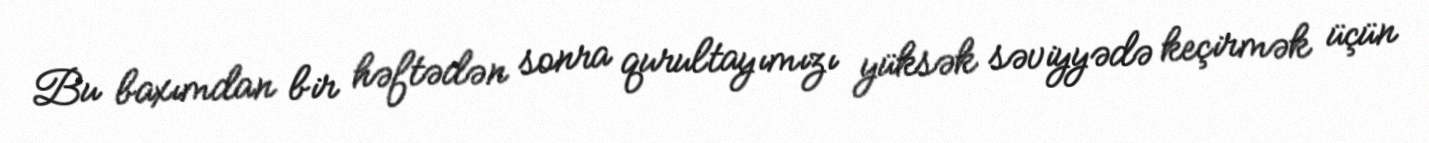
Bu baxımdan bir həftədən sonra qurultayımızı yüksək səviyyədə keçirmək üçün